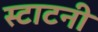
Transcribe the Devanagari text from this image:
स्टाटनी